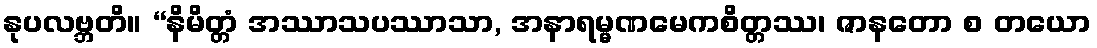
နုပလဗ္ဘတိ။ “နိမိတ္တံ အဿာသပဿာသာ, အနာရမ္မဏမေကစိတ္တဿ၊ ဇာနတော စ တယော